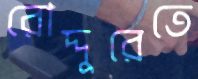
রোদ্দুরেতে